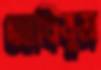
আখিযুম